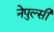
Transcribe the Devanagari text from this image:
नेपुल्सी